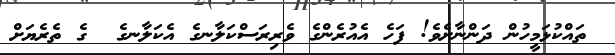
ތައްކުޅަމީހުން ދަންނާށެވެ! ފަހެ އެއުރެންގެ ވެރިރަސްކަލާނގެ އެކަލާނގެ  ގެ ތެރެޔަށް